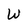
Character: W